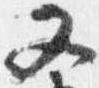
又